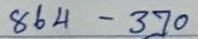
864 - 370